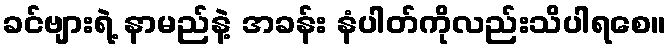
ခင်ဗျားရဲ့ နာမည်နဲ့ အခန်း နံပါတ်ကိုလည်းသိပါရစေ။